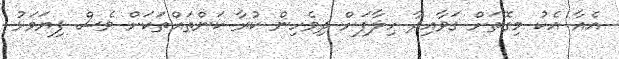
އެއާ އެކު މިގޮތަށް ގަވާއިދާ ހިލާފަށް ދިވެހިން ކުރާ ކަންތައްތަކަށް ވެސް ފިޔަވަޅު